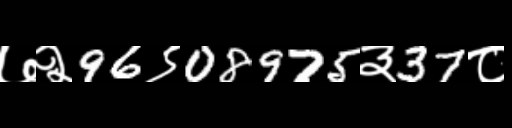
Text: ७२96९08975३37८